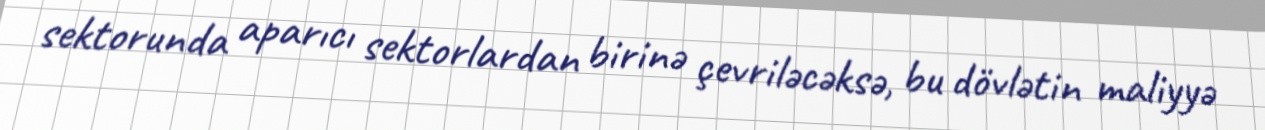
sektorunda aparıcı sektorlardan birinə çevriləcəksə, bu dövlətin maliyyə